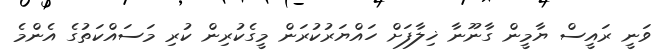
ވަނީ ރައީސް ޔާމީން ގާނޫނާ ޚިލާފަށް ހައްޔަރުކުރަން މީގެކުރިން ކުރި މަސައްކަތުގެ އެންމެ